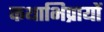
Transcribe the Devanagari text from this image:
कथाभिप्रायों